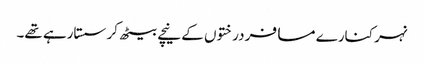
نہر کنارے مسافر درختوں کے نیچے بیٹھ کر سستارہے تھے۔